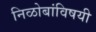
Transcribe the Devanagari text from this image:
निळोबांविषयी